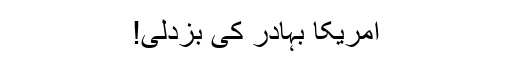
امریکا بہادر کی بزدلی!